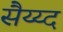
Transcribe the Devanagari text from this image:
सैय्य्द